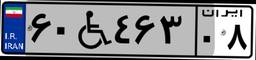
۶۰W۴۶۳۰۸